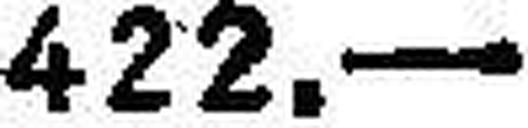
422.—